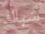
شباك